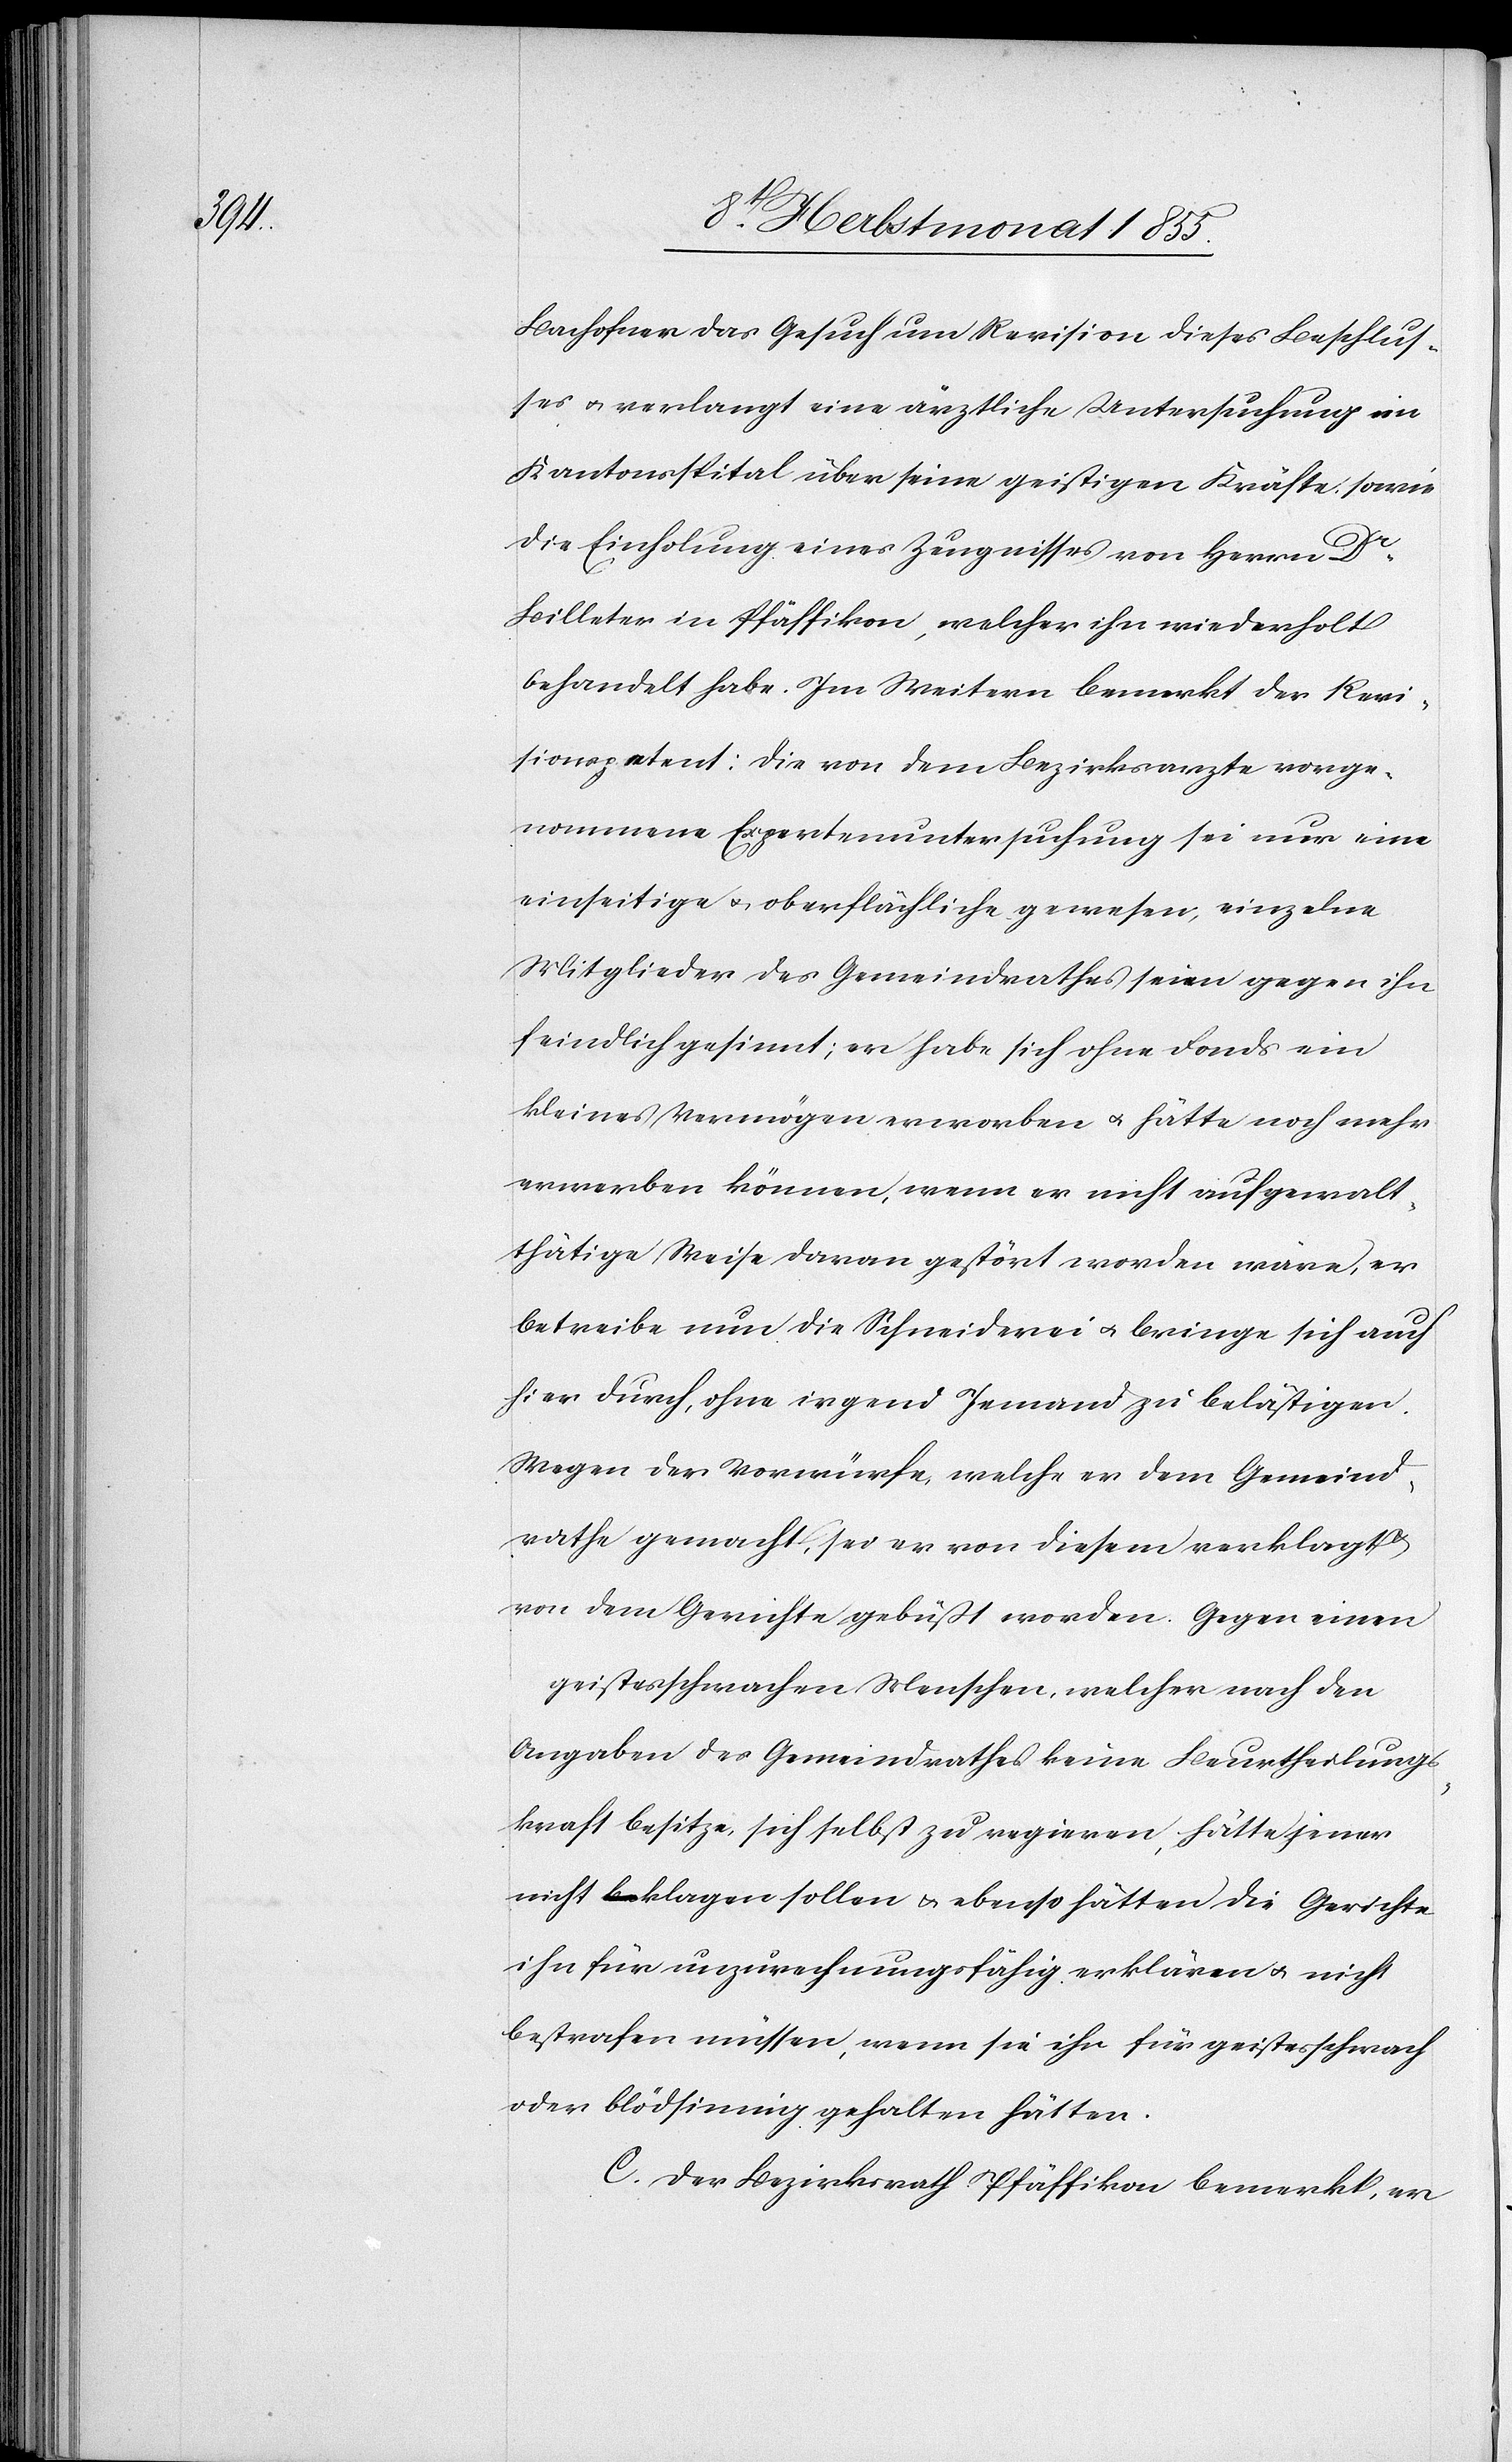
Bachofner das Gesuch um Revision dieses Beschlus¬
ses & verlangt eine ärztliche Untersuchung im
Kantonsspital über seine geistigen Kräfte sowie
die Einholung eines Zeugnisses von Herrn Dr.
Billeter in Pfäffikon, welcher ihn wiederholt
behandelt habe. Im Weitern bemerkt der Revi¬
sionspetent: Die von dem Bezirksarzte vorge¬
nommene Expertenuntersuchung sei nur eine
einseitige & oberflächliche gewesen, einzelne
Mitglieder des Gemeindrathes seien gegen ihn
feindlich gesinnt; er habe sich ohne Fonds ein
kleines Vermögen erworben & hätte noch mehr
erwerben können, wenn er nicht auf gewalt¬
thätige Weise daran gestört worden wäre, er
betreibe nun die Schneiderei & bringe sich auch
hier durch, ohne irgend Jemand zu belästigen.
Wegen der Vorwürfe, welche er dem Gemeind¬
rathe gemacht, sei er von diesem verklagt
von dem Gerichte gebüßt worden. Gegen einen
geistesschwachen Menschen, welcher nach den
Angaben des Gemeindrathes keine Beurtheilungs¬
kraft besitze, sich selbst zu regieren, hätte jener
nicht a-be-a klagen sollen & ebenso hätten die Gerichte
ihn für unzurechnungsfähig erklären & nicht
bestrafen müssen, wenn sie ihn für geistesschwach
oder blödsinnig gehalten hätten.
C. Der Bezirksrath Pfäffikon bemerkt, er